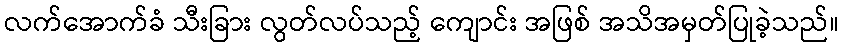
လက်အောက်ခံ သီးခြား လွတ်လပ်သည့် ကျောင်း အဖြစ် အသိအမှတ်ပြုခဲ့သည်။